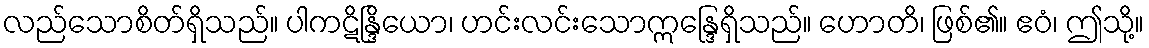
လည်သောစိတ်ရှိသည်။ ပါကဋိန္ဒြိယော၊ ဟင်းလင်းသောဣန္ဒြေရှိသည်။ ဟောတိ၊ ဖြစ်၏။ ဧဝံ၊ ဤသို့။